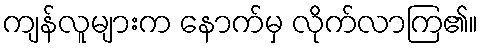
ကျန်လူများက နောက်မှ လိုက်လာကြ၏။